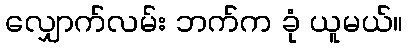
လျှောက်လမ်း ဘက်က ခုံ ယူမယ်။